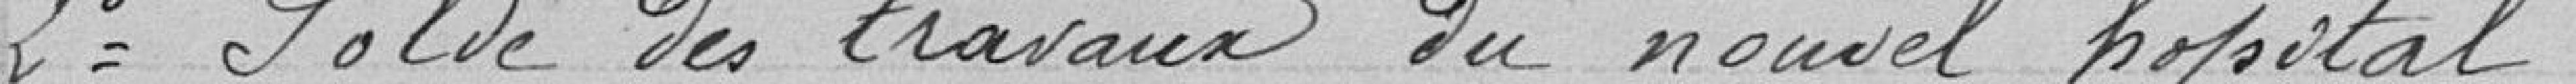
2 Solde des travaux du nouvel hôpital